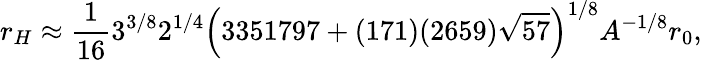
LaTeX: r_{H}\approx\frac{1}{16}3^{3/8}2^{1/4}\left(3351797+(171)(2659)\sqrt{57}\right)^{1/8}A^{-1/8}r_{0},